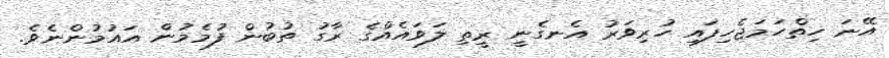
އޭނަ ހިތްހަމަޖެހިފައި ހުރިވަރު އެނގެނީ ރީތި ލަވައެއްގެ ރާގު ތުބުން ފުމެމުން އައުމުންނެވެ.